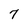
Character: 7